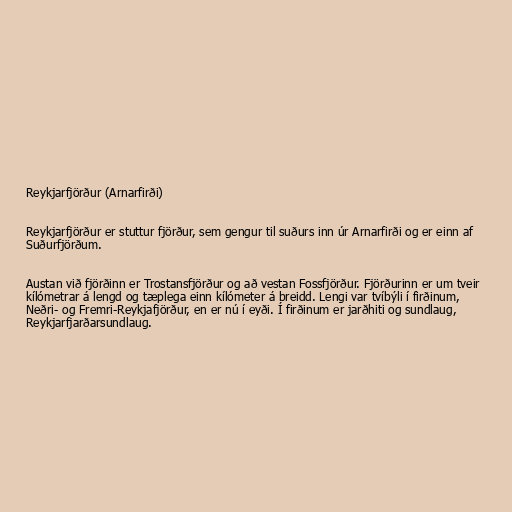
Reykjarfjörður (Arnarfirði)

Reykjarfjörður er stuttur fjörður, sem gengur til suðurs inn úr Arnarfirði og er einn af
Suðurfjörðum.

Austan við fjörðinn er Trostansfjörður og að vestan Fossfjörður. Fjörðurinn er um tveir
kílómetrar á lengd og tæplega einn kílómeter á breidd. Lengi var tvíbýli í firðinum,
Neðri- og Fremri-Reykjafjörður, en er nú í eyði. Í firðinum er jarðhiti og sundlaug,
Reykjarfjarðarsundlaug.